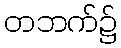
တဘက်၌